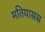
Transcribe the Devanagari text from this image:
मतियासस